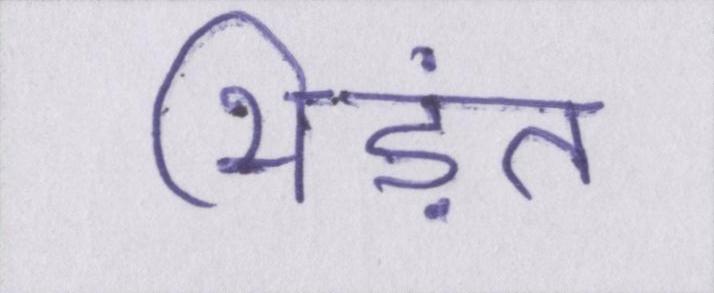
भिड़ंत